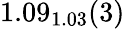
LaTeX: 1.09_{1.03}(3)